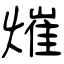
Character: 熣